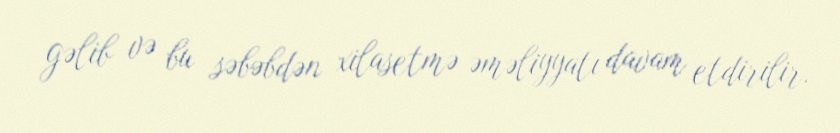
gəlib və bu səbəbdən xilasetmə əməliyyatı davam etdirilir.